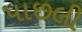
પાછલી